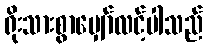
ရိုးသားစွာမျှော်လင့်ပါသည်